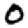
Digit: 0